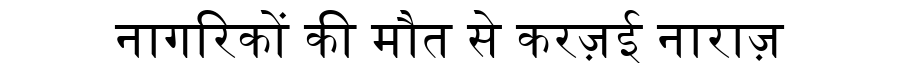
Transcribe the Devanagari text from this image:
नागरिकों की मौत से करज़ई नाराज़